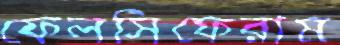
ফেলসিফেরাম